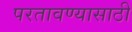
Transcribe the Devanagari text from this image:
परतावण्यासाठी